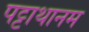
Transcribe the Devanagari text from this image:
पट्टाथानम